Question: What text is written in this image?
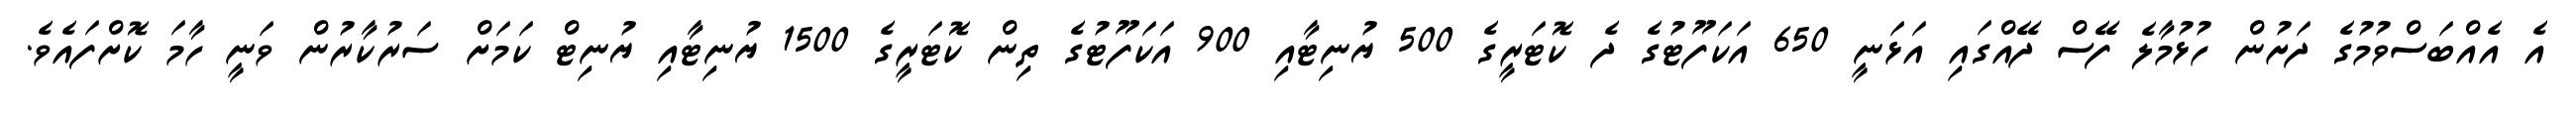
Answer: އެ އެއްބަސްވުމުގެ ދަށުން ހުޅުމާލެ ފޭސް ދޭއްގައި އަޅަނީ 650 އަކަފޫޓުގެ ދެ ކޮޓަރީގެ 500 ޔުނިޓާއި 900 އަކަފޫޓުގެ ތިން ކޮޓަރީގެ 1500 ޔުނިޓާއި ޔުނިޓް ކަމަށް ސަރުކާރުން ވަނީ ހާމަ ކޮށްފައެވެ.